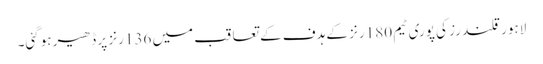
لاہور قلندرز کی پوری ٹیم 180 رنز کے ہدف کے تعاقب میں 136 رنز پر ڈھیر ہوگئی۔